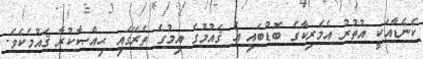
ކެނެޑާއަކީ އުތުރު އެމެރިކާގެ ބޮޑުބައި އެ ޤައުމުގެ އިމުގެ ތެރޭގައި ޙިއްޞާކުރާ ޤައުމެކެވެ.